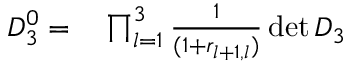
\begin{array} { r l } { D _ { 3 } ^ { 0 } = } & { { } \prod _ { l = 1 } ^ { 3 } \frac { 1 } { ( 1 + r _ { l + 1 , l } ) } \operatorname* { d e t } D _ { 3 } } \end{array}